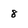
Character: 8